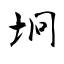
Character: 坰